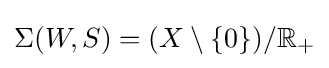
\Sigma (W,S)=(X\setminus \{0\})/\mathbb {R} _{+}